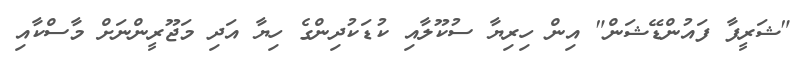
"ޝަރީފާ ފައުންޑޭޝަން" އިން ހިރިޔާ ސުކޫލާއި ކުޑަކުދިންގެ ހިޔާ އަދި މަޖޫރީންނަށް މާސްކާއި